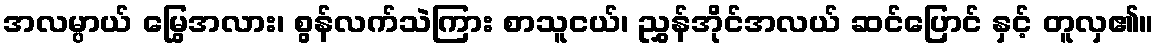
အလမ္ပာယ် မြွေအလား၊ စွန်လက်သဲကြား စာသူငယ်၊ ညွှန်အိုင်အလယ် ဆင်ပြောင် နှင့် တူလှ၏။